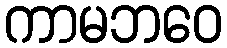
ကာမဘဝေ